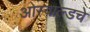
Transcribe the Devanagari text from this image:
ओस्वाल्डचे